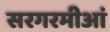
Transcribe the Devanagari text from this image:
सरगरमीआं